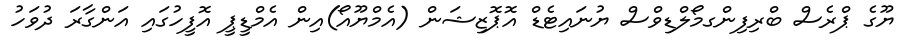
ޔޫގެ ޕްރެސް ބްރިފިންގމޯލްޑިވްސް ޔުނައިޓެޑް އޮޕޮޒިޝަން (އެމްޔޫއޯ)އިން އެމްޑީޕީ އޮފީހުގައި އަންގާރަ ދުވަހު